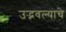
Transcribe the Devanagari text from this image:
उद्भवल्याचे